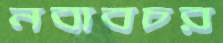
নবাবচর